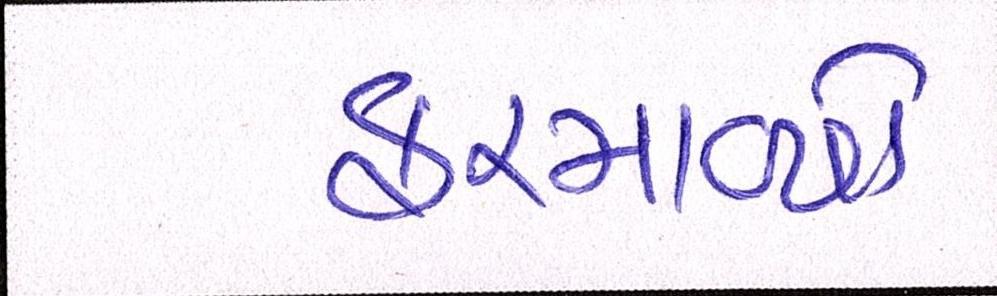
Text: ફરમાવ્યો